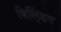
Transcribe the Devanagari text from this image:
बिलि्ंडग